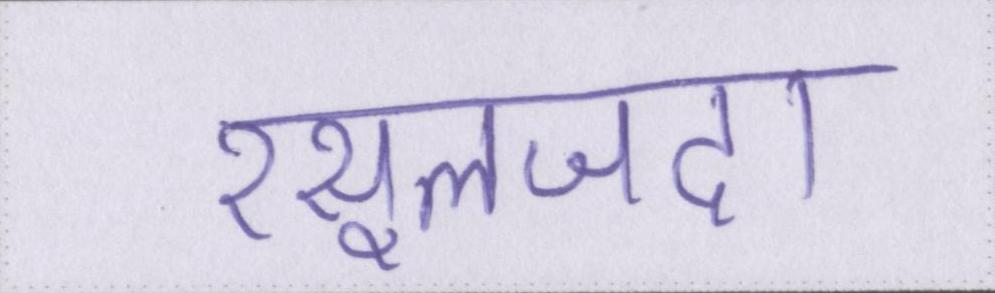
रसूलजदा